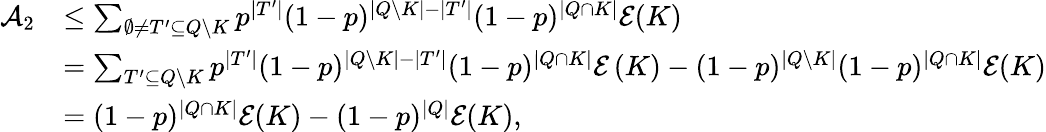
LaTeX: \begin{array}{rl}{\mathcal A_{2}}&{\leq\sum_{\emptyset\neq T^{\prime}\subseteq Q\setminus K}p^{|T^{\prime}|}(1-p)^{|Q\setminus K|-|T^{\prime}|}(1-p)^{|Q\cap K|}\mathcal E(K)}\\ &{=\sum_{T^{\prime}\subseteq Q\setminus K}p^{|T^{\prime}|}(1-p)^{|Q\setminus K|-|T^{\prime}|}(1-p)^{|Q\cap K|}\mathcal E\left(K\right)-(1-p)^{|Q\setminus K|}(1-p)^{|Q\cap K|}\mathcal E(K)}\\ &{=(1-p)^{|Q\cap K|}\mathcal E(K)-(1-p)^{|Q|}\mathcal E(K),}\end{array}